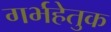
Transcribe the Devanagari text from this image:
गर्भहेतुक